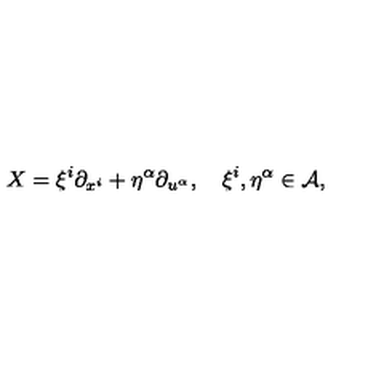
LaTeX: X = \xi ^ { i } \partial _ { x ^ { i } } + \eta ^ { \alpha } \partial _ { u ^ { \alpha } } , \quad \xi ^ { i } , \eta ^ { \alpha } \in \cal { A } ,